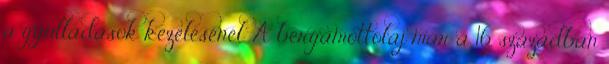
a gyulladások kezelésénél. A bergamottolaj már a 16. században